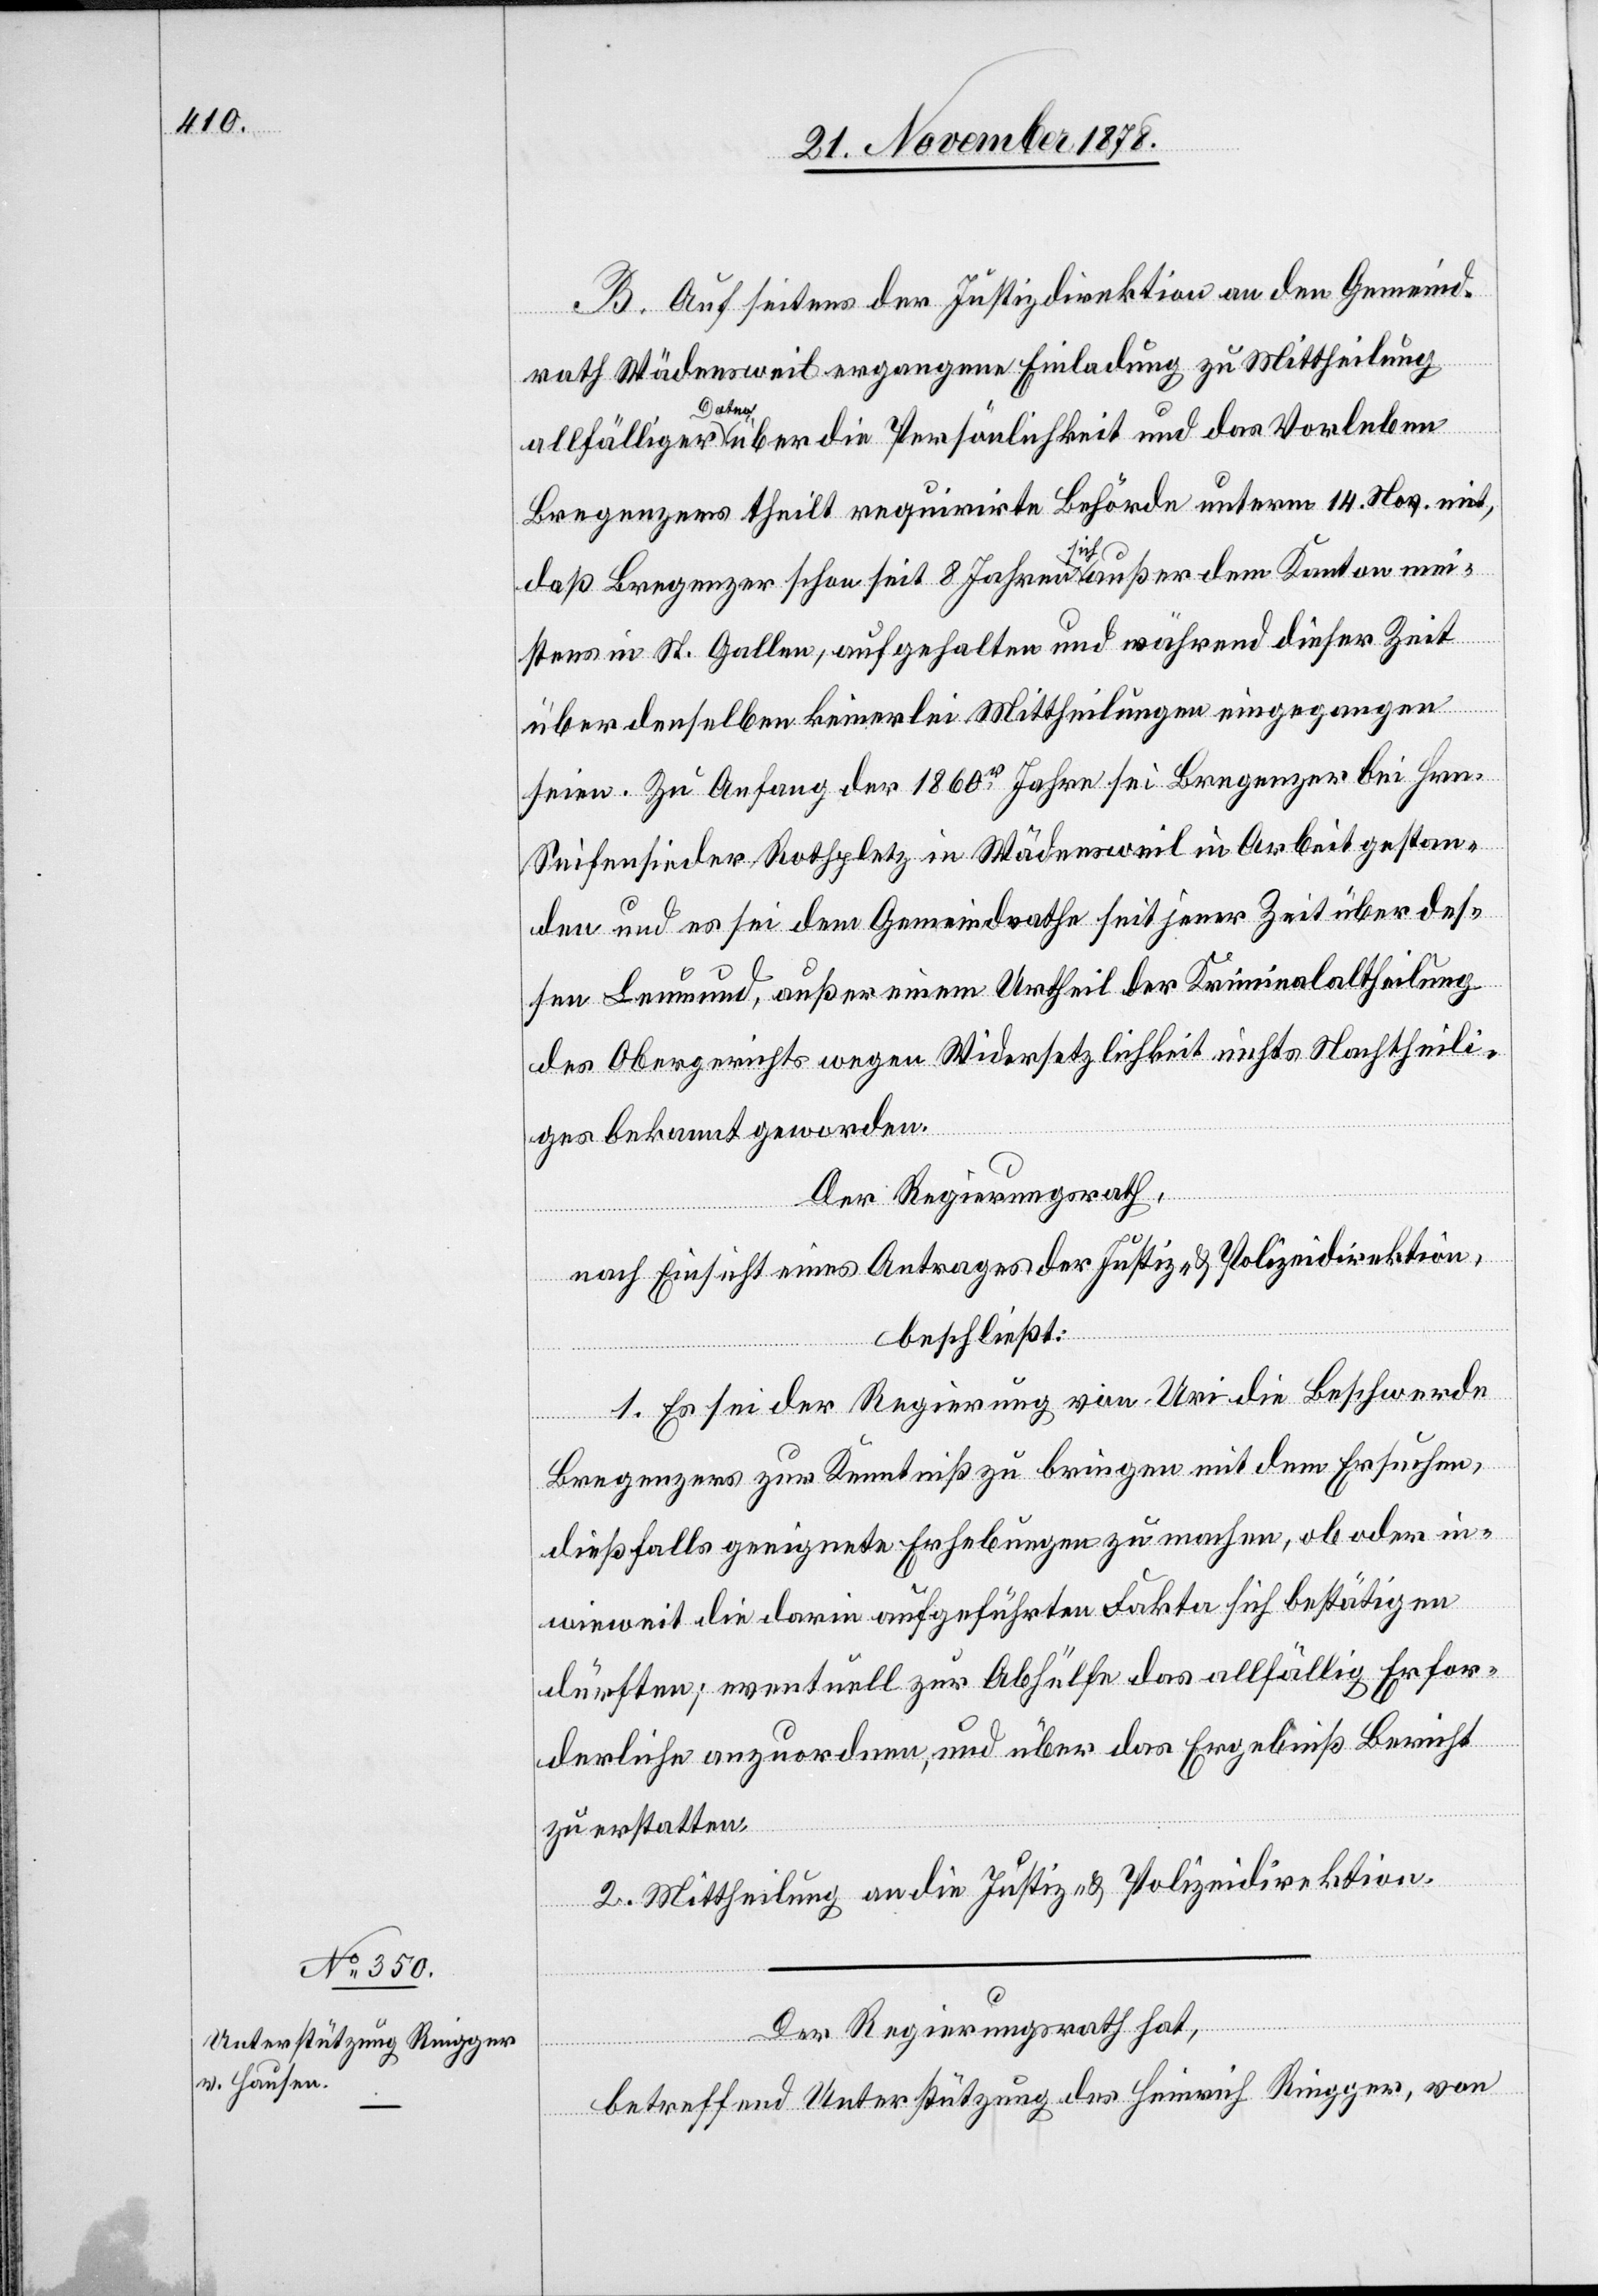
B. Auf seitens der Justizdirektion an den Gemeind¬
rath Wädensweil ergangene Einladung zu Mittheilung
allfälliger Daten über die Persönlichkeit und das Vorleben
Bregenzers theilt requirirte Behörde unterm 14. Nov. mit,
daß Bregenzer schon seit 8 Jahren sich außer dem Kanton mei¬
stens in St. Gallen, aufgehalten und während dieser Zeit
über denselben keinerlei Mittheilungen eingegangen
seien. Zu Anfang der 1860er Jahre sei Bregenzer bei Hrn.
Seifensieder Rothpletz in Wädensweil in Arbeit gestan¬
den und es sei dem Gemeindrathe seit jener Zeit über des¬
sen Leumund, außer einem Urtheil der Kriminalabtheilung
des Obergerichts wegen Widersetzlichkeit nichts Nachtheili¬
ges bekannt geworden.
Der Regierungsrath,
nach Einsicht eines Antrages der Justiz- & Polizeidirektion,
beschließt:
1. Es sei der Regierung von Uri die Beschwerde
Bregenzers zur Kenntniß zu bringen mit dem Ersuchen,
dießfalls geeignete Erhebungen zu machen, ob oder in¬
wieweit die darin aufgeführten Fakta sich bestätigen
dürften; eventuell zur Abhülfe das allfällig Erfor¬
derliche anzuordnen, und über das Ergebniß Bericht
zu erstatten.
2. Mittheilung an die Justiz- & Polizeidirektion.
Der Regierungsrath hat,
betreffend Unterstützung des Heinrich Riegger, von